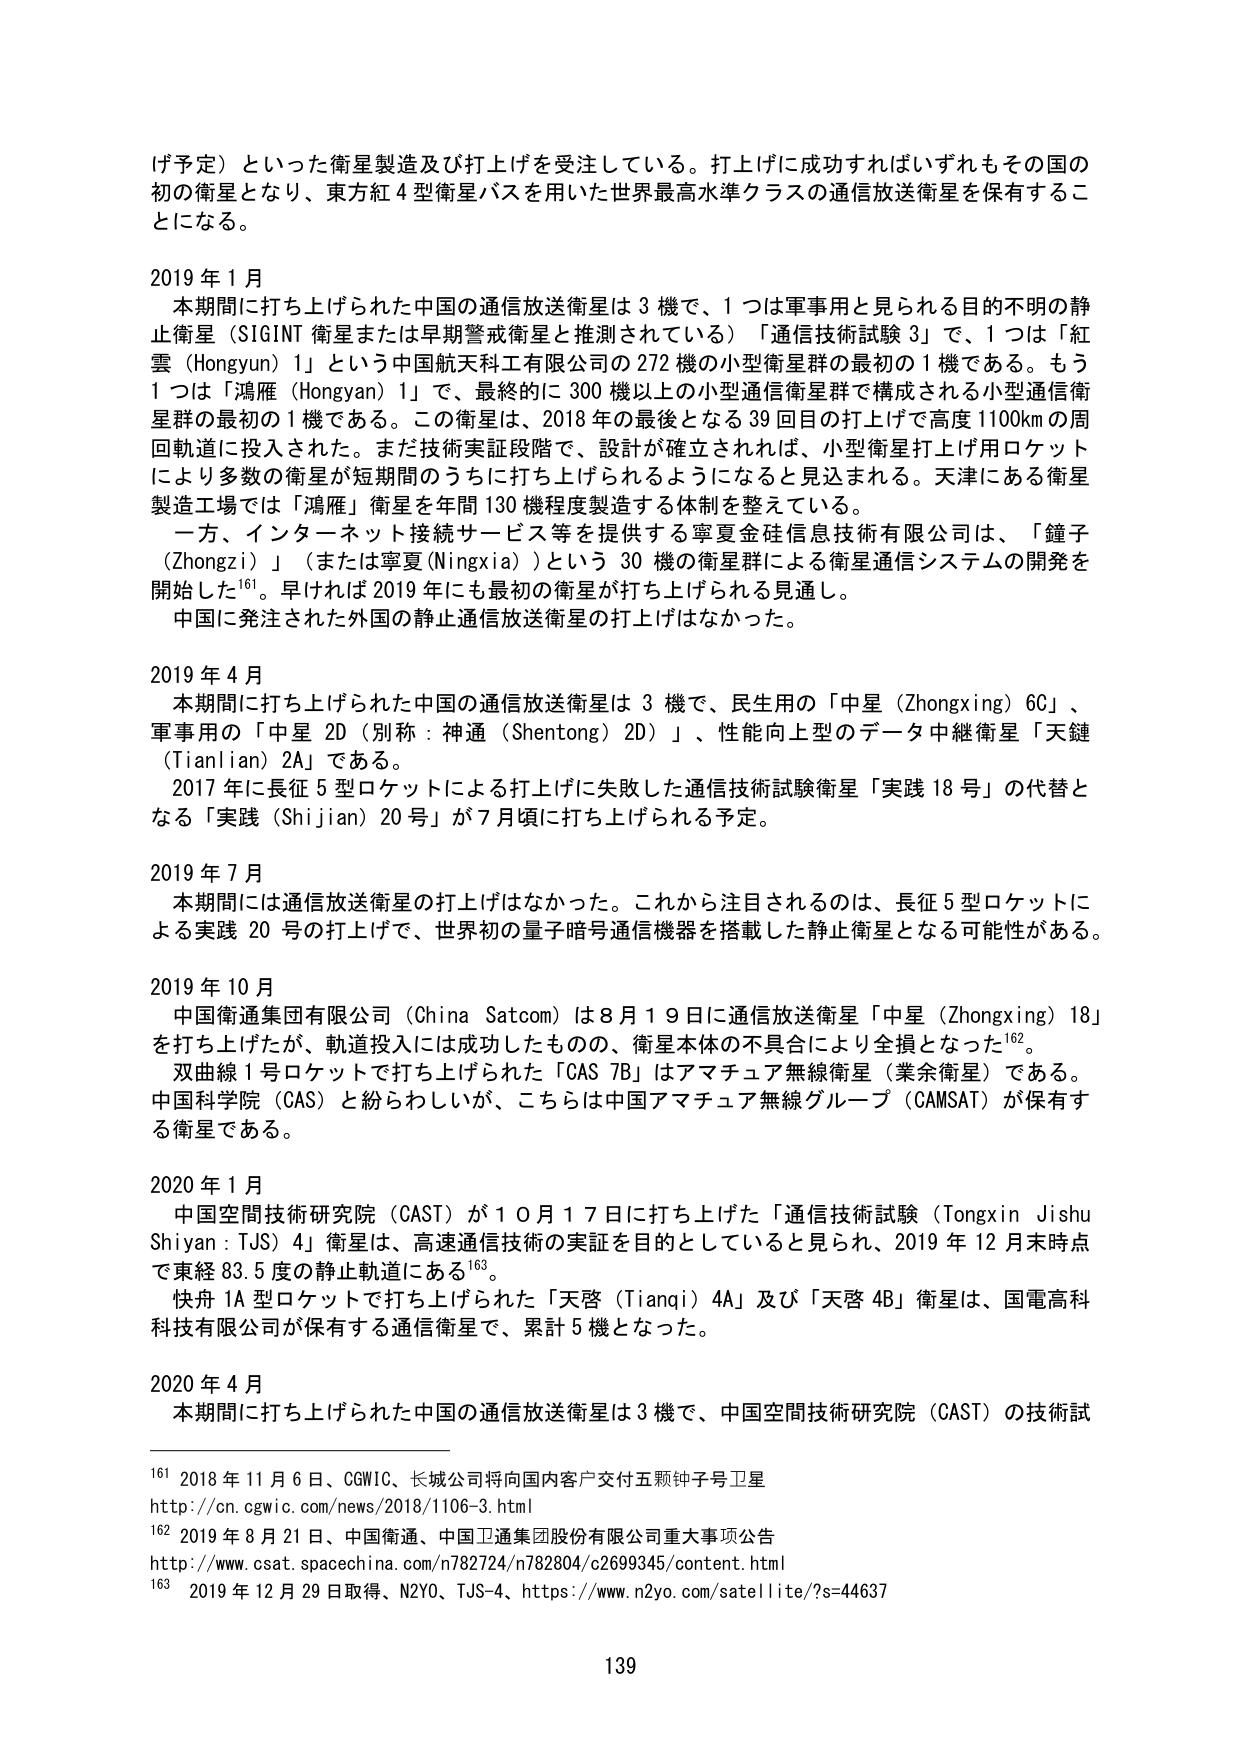
げ予定）といった衛星製造及び打上げを受注している。打上げに成功すればいずれもその国の初の衛星となり、東方紅４型衛星バスを用いた世界最高水準クラスの通信放送衛星を保有することになる。

2019年1月
　本期間に打ち上げられた中国の通信放送衛星は３機で、１つは軍事用と見られる目的不明の静止衛星（SIGINT衛星または早期警戒衛星と推測されている）「通信技術試験３」で、１つは「紅雲（Hongyun）1」という中国航天科工有限公司の272機の小型衛星群の最初の１機である。もう１つは「鴻雁（Hongyan）1」で、最終的に300機以上的小型通信衛星群で構成される小型通信衛星群の最初の１機である。この衛星は、2018年の最後となる39回目の打上げで高度1100kmの周回軌道に投入された。また技術実証段階で、設計が確立されれば、小型衛星打上げ用ロケットにより多数の衛星が短期間のうちに打ち上げられるようになると見られる。天津にある衛星製造工場では「鴻雁」衛星を年間130機程度製造する体制を整えている。
　一方、インターネット接続サービス等を提供する寧夏金硅信息技術有限公司は、「鐘子（Zhongzi）」（または寧夏（Ningxia））という30機の衛星群による衛星通信システムの開発を開始した¹⁶¹。早ければ2019年にも最初の衛星が打ち上げられる見通し。
　中国に発注された外国の静止通信放送衛星の打上げはなかった。

2019年4月
　本期間に打ち上げられた中国の通信放送衛星は３機で、民生用の「中星（Zhongxing）6C」、軍事用の「中星2D（別称：神通（Shentong）2D）」、性能向上型のデータ中継衛星「天鏈（Tianlian）2A」である。
　2017年に長征5型ロケットによる打上げに失敗した通信技術試験衛星「実踐18号」の代替となる「実踐（Shijian）20号」が7月頃に打ち上げられる予定。

2019年7月
　本期間には通信放送衛星の打上げはなかった。これから注目されるのは、長征5型ロケットによる実踐20号の打上げで、世界初の量子暗号通信機器を搭載した静止衛星となる可能性がある。

2019年10月
　中国衛通集団有限公司（China Satcom）は8月19日に通信放送衛星「中星（Zhongxing）18」を打ち上げたが、軌道投入には成功したものの、衛星本体の不具合により全損となった¹⁶²。
　双曲線1号ロケットで打ち上げられた「CAS 7B」はアマチュア無線衛星（業余衛星）である。中国科学院（CAS）と紛らわしいが、こちらは中国アマチュア無線グループ（CAMSAT）が保有する衛星である。

2020年1月
　中国空間技術研究院（CAST）が10月17日に打ち上げた「通信技術試験（Tongxin Jishu Shiyan：TJS）4」衛星は、高速通信技術の実証を目的としていると見られ、2019年12月末時点で東経83.5度の静止軌道にある¹⁶³。
　快舟1A型ロケットで打ち上げられた「天啓（Tianqi）4A」及び「天啓4B」衛星は、国電高科科技有限公司が保有する通信衛星で、累計5機となった。

2020年4月
　本期間に打ち上げられた中国の通信放送衛星は３機で、中国空間技術研究院（CAST）の技術試

¹⁶¹ 2018年11月6日、CGWIC、长城公司将向国内客户交付五颗钟子号卫星
http://cn.cgwic.com/news/2018/1106-3.html
¹⁶² 2019年8月21日、中国衛通、中国卫通集团股份有限公司重大事项公告
http://www.csat.spacechina.com/n782724/n782804/c2699345/content.html
¹⁶³ 2019年12月29日取得、N2YO、TJS-4、https://www.n2yo.com/satellite/?s=44637

139